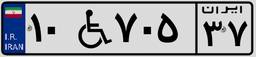
۱۰W۷۰۵۳۷